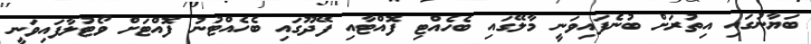
ބަޔާނުގައި އިތުރަށް ބުނެފައިވަނީ މާލޭގައި ބެހެއްޓި ފޮއްޓާއި ފޭދޫގައި ބެހެއްޓުނު ފޮއްޓަށް ވޯޓުލާފައިވަނީ